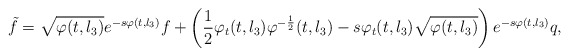
\begin{align*}\tilde f = \sqrt{\varphi (t,l_3)} e^{-s\varphi (t,l_3)} f + \left( \frac{1}{2} \varphi _t (t,l_3) \varphi ^{-\frac{1}{2}} (t,l_3) -s\varphi _t (t,l_3) \sqrt{\varphi (t,l_3)} \right) e^{-s\varphi (t,l_3)} q, \end{align*}